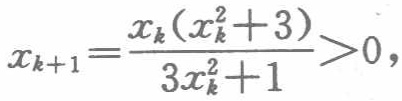
\[x_{k + 1} = \frac{x_k(x_k^2 + 3)}{3x_k^2 + 1} > 0,\]